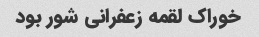
خوراک لقمه زعفرانی شور بود